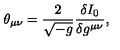
\theta _ { \mu \nu } = \frac { 2 } { \sqrt { - g } } \frac { \delta I _ { 0 } } { \delta g ^ { \mu \nu } } ,